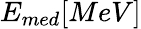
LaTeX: E_{med}[MeV]